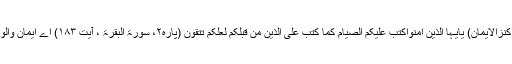
(کنزالایمان) یٰاَۤیُّـہَا الَّذِیْنَ اٰمَنُوْاکُتِبَ عَلَیْکُمُ الصِّیَامُ کَمَا کُتِبَ عَلَی الَّذِیْنَ مِنْ قَبْلِکُمْ لَعَلَّکُمْ تَتَّقُوْنَ (پارہ٢، سورۃ البقرۃ ، آیت ١٨٣) اے ایمان والو!